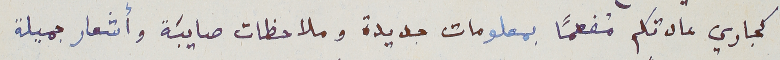
كجاري عادتكم مُفعمًا بمعلومات جديدة وملاحظات صايبَة وأشعار جميلة